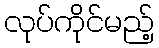
လုပ်ကိုင်မည့်